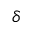
\delta